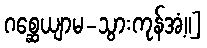
ဂစ္ဆေယျာမ-သွားကုန်အံ့။]